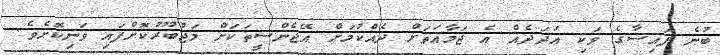
ބުނެ ފައިސާގެ ވަކި ޢަދަދެއް އެ ޖަމާޢަތަށް ދެއްކުމަށް އޭޖެންސީތަކަށް މަޖުބޫރުކޮށްފައި ވަނިކޮށެވެ.